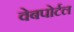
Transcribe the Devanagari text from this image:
वेबपोर्टल